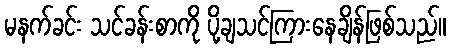
မနက်ခင်း သင်ခန်းစာကို ပို့ချသင်ကြားနေချိန်ဖြစ်သည်။